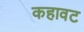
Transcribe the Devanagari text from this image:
कहावट